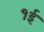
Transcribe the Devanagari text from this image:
१ई